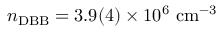
n _ { \mathrm { D B B } } = 3 . 9 ( 4 ) \times 1 0 ^ { 6 } ~ \mathrm { c m } ^ { - 3 }